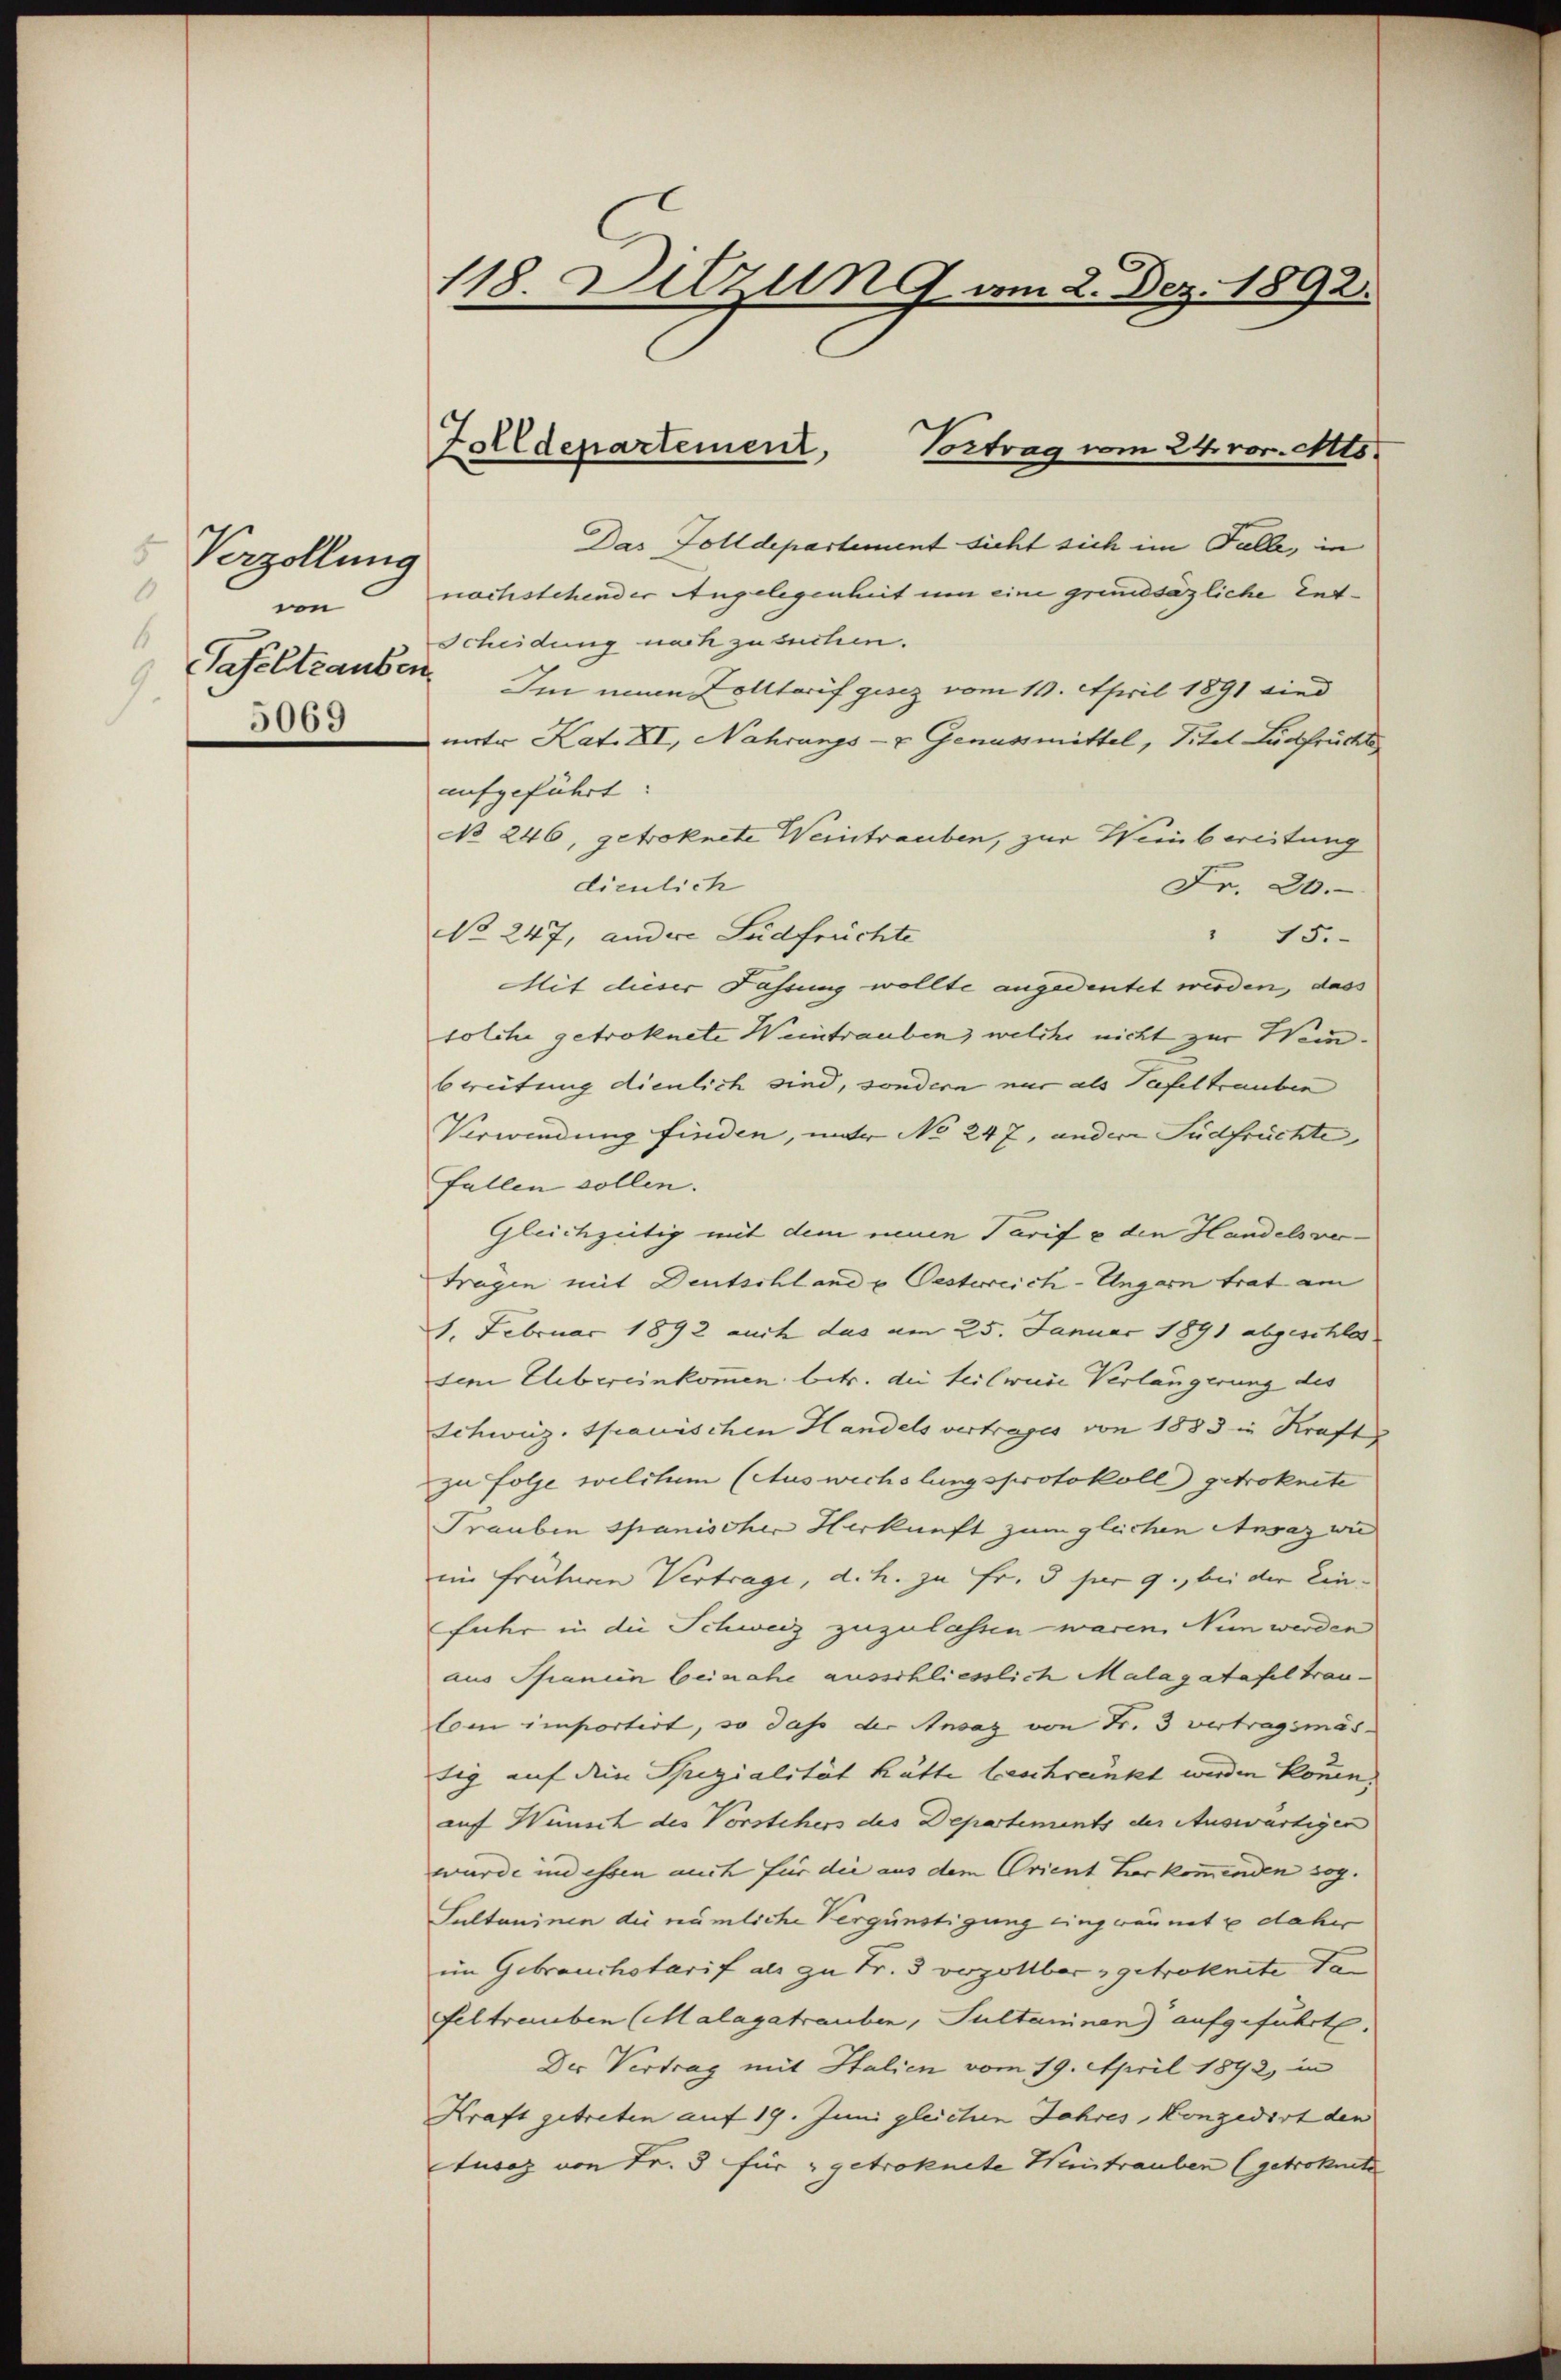
Verzöllung
0
von
6
Tafeltrauben.
.

118 Ditzung vom 2. Dez. 1892.

Zolldepartement,
Vortrag vom 24. vor. Mts.

Das Golldepartement sicht sich im Falle, in
nachstehender Angelegenheit um eine grundsäzliche Ent¬
Scheidung nach zu suchen.
Im einen Zolltarif gesez vom 11. April 1891 sind
3tr Kat. XII, Nahrungs- & Genussmittel, Titel Ludfrüchte
aufgeführt:
No 246, getroknete Weintrauben, zur Weinbereitung
dienlich
Fr. 20.
No 247, andere Südfrüchte
" 15.
Mit dieser Fährung wollte angedeutet werden, dass
solche getroknete Weintrauben, welche nicht zur Weinbreitung dienlich sind, sondern nur als Tafeltrauben
Verwendung finden, unter No 247, andere Südfrüchte,
fallen sollen.
Gleichzeitig mit dem neuen Tarif & den Handelsver¬
Tragen mit Deutschlande Oesterreich-Ungarn trat am
1. Februar 1892 auch das am 25. Januar 1891 abgeschlos
sem Elibereinkommen betr. die teilweise Verlängerung des
Schweiz. Spanischen Handels vertrages von 1883 in Kraft
zu Folge welchem (Auswechslungsprotokoll getroknete
Trauben Spanischer Herkunft zum gleichen Ansaz wie
im fruhuren Vertrage, d. h. zu Fr. 5 für 9., bei der Einfuhr in die Schweiz zuzulassen waren. Nun werden
aus Pfanien beinahe ausschliesslich Malagatafel trautom importirt, so das der Ansaz von Fr. 3 vertragsmäs-
tig auf den Spezialität hätte beschränkt werden können,
auf Wunsch des Vorstehers des Departements der Auswärtigen
wurde und essen auch für die aus dem Orient herkommenden sog.
Sultaninen die nämliche Vergünstigung eingräumt u daher
im Gebrauchstarif als zu Fr. 3 vorzollbar getrokenite dafeltrauben (Malagatrauben, Sultaminen) aufgeführte.
Der Vertrag mit Italien vom 19. April 1892 in
Kraft getreten auf 19. Juni gleichen Jahres, Konzedirt den
tusaz von Fr. 3 für getroknete Weintrauben (getroknete